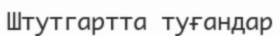
Штутгартта туғандар